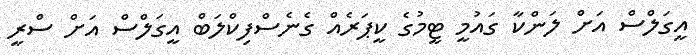
އީގަލްސް އަށް ލަންކާ ގައުމީ ޓީމުގެ ކީޕަރެއް ގެނެސްފިކްލަބް އީގަލްސް އަށް ސްރީ